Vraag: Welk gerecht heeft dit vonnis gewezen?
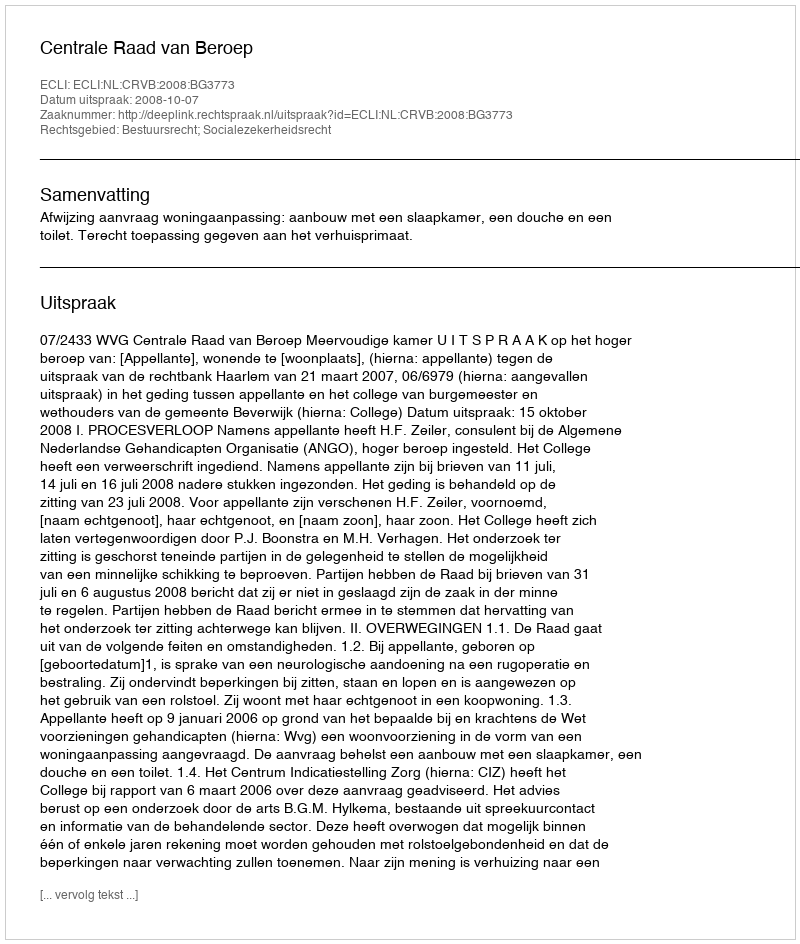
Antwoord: Centrale Raad van Beroep